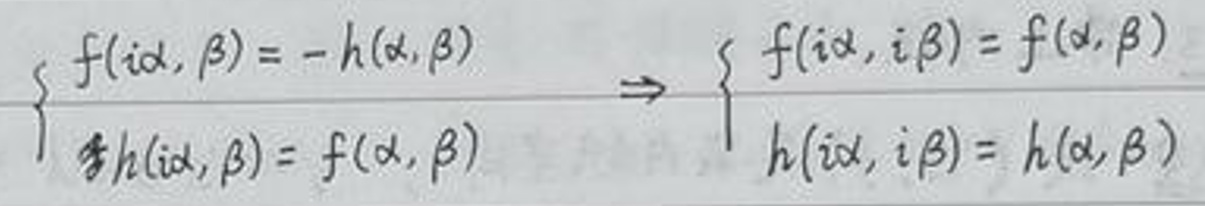
\[
\begin{cases}
f(i\alpha, \beta) = -h(\alpha, \beta) \\
h(i\alpha, \beta) = f(\alpha, \beta)
\end{cases}
\quad \Rightarrow \quad
\begin{cases}
f(i\alpha, i\beta) = f(\alpha, \beta) \\
h(i\alpha, i\beta) = h(\alpha, \beta)
\end{cases}
\]